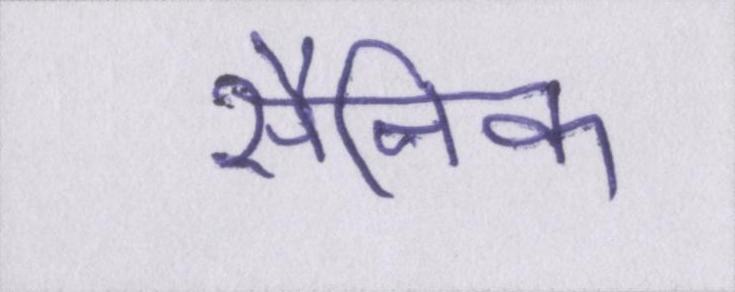
सैनिक